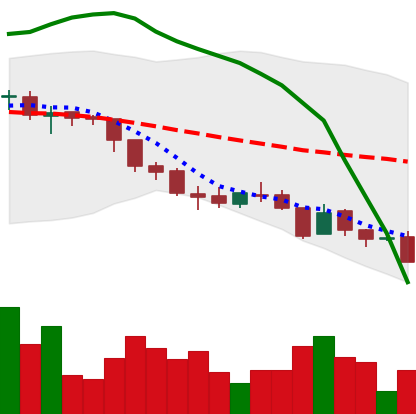
Ticker: ADA-USD
Chart end date: 2018-08-13
Forward return: -3.037%
Label: down_3_5